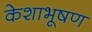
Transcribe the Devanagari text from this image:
केशाभूषण